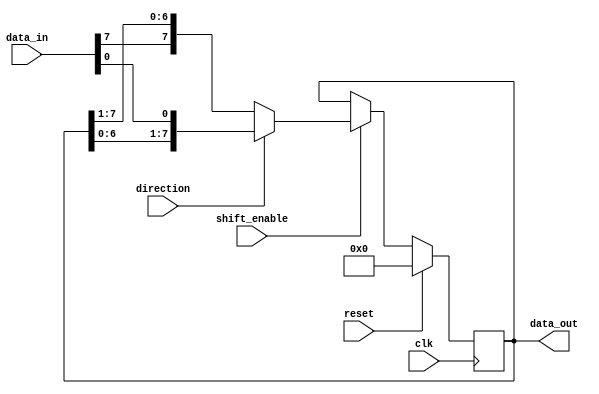
module shift_register #(parameter WIDTH = 8) (
    input wire clk,
    input wire reset,
    input wire shift_enable,
    input wire direction,
    input wire [WIDTH-1:0] data_in,
    output reg [WIDTH-1:0] data_out
);

reg [WIDTH-1:0] shift_reg;

always @(posedge clk) begin
    if (reset) begin
        shift_reg <= 0;
    end else if (shift_enable) begin
        if (direction) begin
            shift_reg <= {shift_reg[WIDTH-2:0], data_in[0]};
        end else begin
            shift_reg <= {data_in[WIDTH-1], shift_reg[WIDTH-1:1]};
        end
    end
end

assign data_out = shift_reg;

endmodule